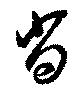
肖